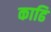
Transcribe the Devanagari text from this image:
काढि